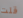
قلت